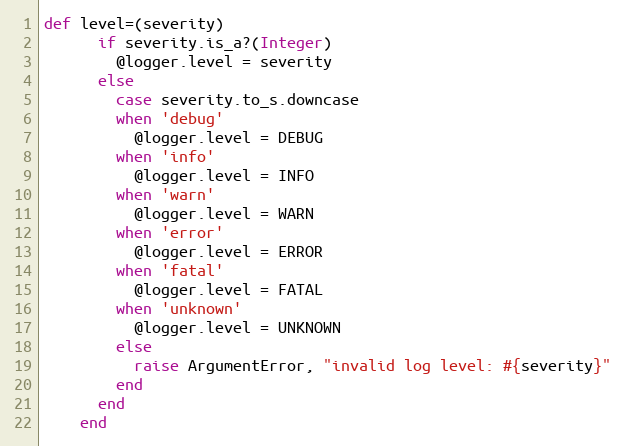
Language: Ruby
def level=(severity)
      if severity.is_a?(Integer)
        @logger.level = severity
      else
        case severity.to_s.downcase
        when 'debug'
          @logger.level = DEBUG
        when 'info'
          @logger.level = INFO
        when 'warn'
          @logger.level = WARN
        when 'error'
          @logger.level = ERROR
        when 'fatal'
          @logger.level = FATAL
        when 'unknown'
          @logger.level = UNKNOWN
        else
          raise ArgumentError, "invalid log level: #{severity}"
        end
      end
    end